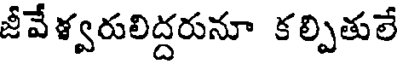
జీవేళ్వరులిద్దరునూ కల్పితులే